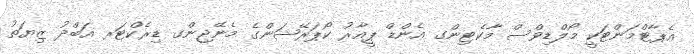
އެޕާޓްމަންޓަކީ މޯލްޑިވްސް މާކެޓިންގ އެންޑް ޕީއާރު ކޯޕަރޭޝަންގެ މެނޭޖިންގ ޑިރެކްޓަރ އަބްދު ޒިޔަތު